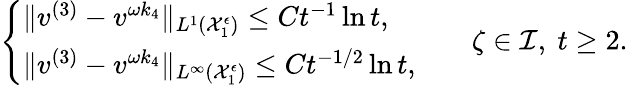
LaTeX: \begin{array}{r}{\left\{ \begin{array}{ll}{\| v^{(3)}-v^{\omega k_{4}}\| _{L^{1}(\mathcal{X}_{1}^{\epsilon})}\leq Ct^{-1}\ln t,}\\ {\| v^{(3)}-v^{\omega k_{4}}\| _{L^{\infty}(\mathcal{X}_{1}^{\epsilon})}\leq Ct^{-1/2}\ln t,}\end{array}\right.\qquad\zeta\in\mathcal{I},\ t\geq 2.}\end{array}